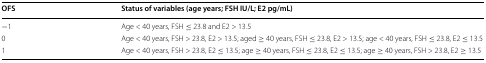
<table><thead><tr><td><b>OFS</b></td><td><b>Status of variables (age years; FSH IU/L; E2 pg/mL)</b></td></tr></thead><tbody><tr><td>−1</td><td>Age &lt; 40 years, FSH ≤ 23.8 and E2 &gt; 13.5</td></tr><tr><td>0</td><td>Age &lt; 40 years, FSH &gt; 23.8, E2 &gt; 13.5; aged ≥ 40 years, FSH ≤ 23.8, E2 &gt; 13.5; age &lt; 40 years, FSH ≤ 23.8, E2 ≤ 13.5</td></tr><tr><td>1</td><td>Age &lt; 40 years, FSH &gt; 23.8, E2 ≤ 13.5; age ≥ 40 years, FSH ≤ 23.8, E2 ≤ 13.5; age ≥ 40 years, FSH &gt; 23.8, E2 ≥ 13.5</td></tr></tbody></table>